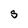
Character: S